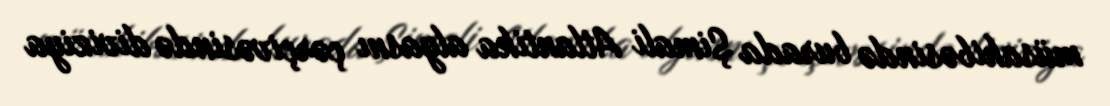
müsahibəsində burada Şimali Atlantika alyasnı çərçivəsində diviziya